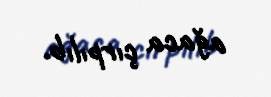
ağaca çırpılıb.